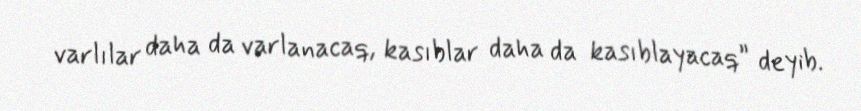
varlılar daha da varlanacaq, kasıblar daha da kasıblayacaq” deyib.